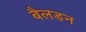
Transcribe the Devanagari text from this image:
बैलडन